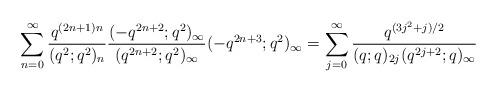
LaTeX: \begin{align*}\sum_{n=0}^{\infty} \frac{q^{(2n+1)n}}{(q^2;q^2)_{n}}\frac{(-q^{2n+2};q^2)_\infty}{(q^{2n+2};q^2)_\infty} (-q^{2n+3};q^2)_\infty = \sum_{j=0}^\infty \frac{q^{(3j^2+j)/2}}{(q;q)_{2j}(q^{2j+2};q)_\infty}\end{align*}